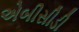
એબીસીડી